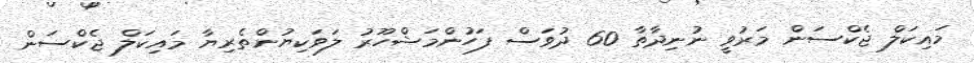
މައިކަލް ޖެކްސަން މަރުވީ ނުނިދާތާ 60 ދުވަސް ފަހުންމަޝްހޫރު ލަވަކިޔުންތެރިޔާ މައިކަލް ޖެކްސަން